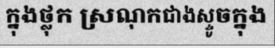
ក្នុងថ្លុក ស្រណុកជាងស្ទូចក្នុង